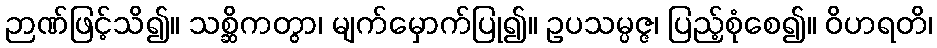
ဉာဏ်ဖြင့်သိ၍။ သစ္ဆိကတွာ၊ မျက်မှောက်ပြု၍။ ဥပသမ္ပဇ္ဇ၊ ပြည့်စုံစေ၍။ ဝိဟရတိ၊